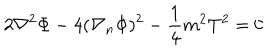
2 \nabla ^ { 2 } \Phi - 4 ( \nabla _ { n } \Phi ) ^ { 2 } - \frac { 1 } { 4 } m ^ { 2 } T ^ { 2 } = 0